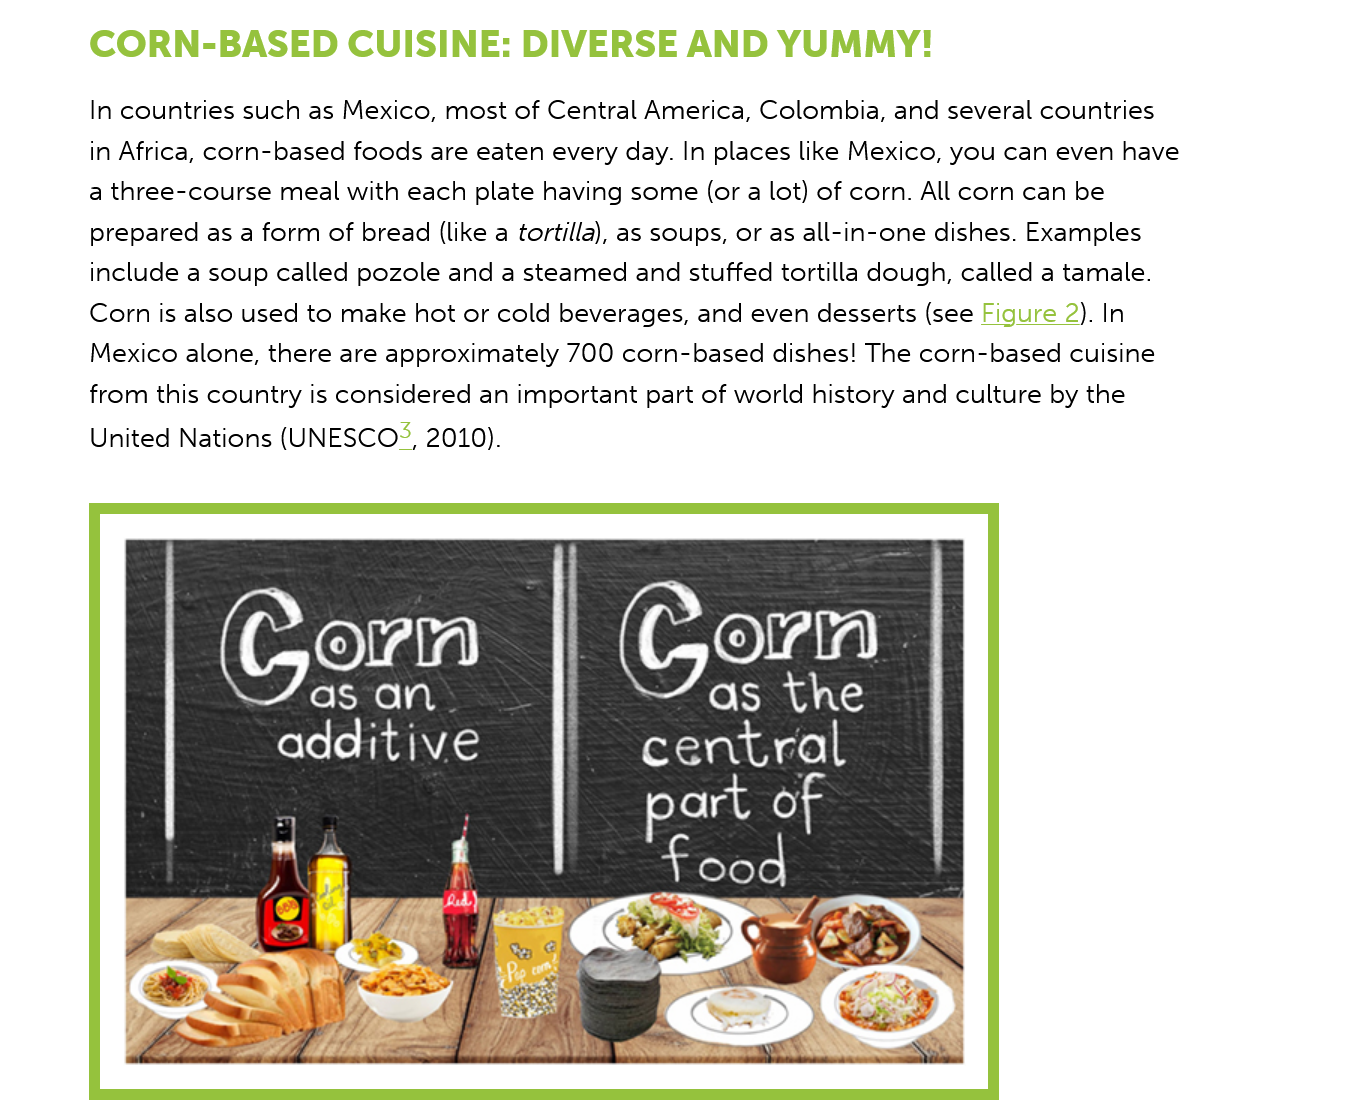
CORN-BASED    CUISINE:    DIVERSE    AND   YUMMY!
     In countries such as Mexico, most of Central America, Colombia, and several countries
     in Africa, corn-based foods are eaten every day. In places like Mexico, you can even have
     a three-course meal with each plate having some (or a lot) of corn. All corn can be
     prepared as a form of bread (like a tortilla), as soups, or as all-in-one dishes. Examples
     include a soup called pozole and a steamed and stuffed tortilla dough, called a tamale.
     Corn is also used to make hot or cold beverages, and even desserts (see Figure 2). In
     Mexico alone, there are approximately 700 corn-based dishes! The corn-based cuisine
     from this country is considered an important part of world history and culture by the
     United Nations (UNESCO®, 2010).
     orn
     as  an
     additive
     a